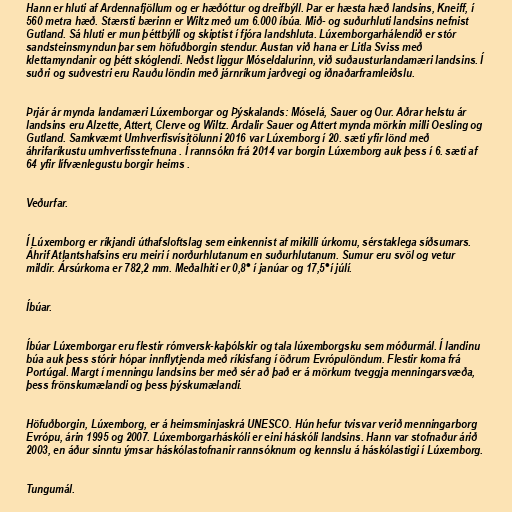
Hann er hluti af Ardennafjöllum og er hæðóttur og dreifbýll. Þar er hæsta hæð landsins, Kneiff, í
560 metra hæð. Stærsti bærinn er Wiltz með um 6.000 íbúa. Mið- og suðurhluti landsins nefnist
Gutland. Sá hluti er mun þéttbýlli og skiptist í fjóra landshluta. Lúxemborgarhálendið er stór
sandsteinsmyndun þar sem höfuðborgin stendur. Austan við hana er Litla Sviss með
klettamyndanir og þétt skóglendi. Neðst liggur Móseldalurinn, við suðausturlandamæri landsins. Í
suðri og suðvestri eru Rauðu löndin með járnríkum jarðvegi og iðnaðarframleiðslu.

Þrjár ár mynda landamæri Lúxemborgar og Þýskalands: Móselá, Sauer og Our. Aðrar helstu ár
landsins eru Alzette, Attert, Clerve og Wiltz. Árdalir Sauer og Attert mynda mörkin milli Oesling og
Gutland. Samkvæmt Umhverfisvísitölunni 2016 var Lúxemborg í 20. sæti yfir lönd með
áhrifaríkustu umhverfisstefnuna . Í rannsókn frá 2014 var borgin Lúxemborg auk þess í 6. sæti af
64 yfir lífvænlegustu borgir heims .

Veðurfar.

Í Lúxemborg er ríkjandi úthafsloftslag sem einkennist af mikilli úrkomu, sérstaklega síðsumars.
Áhrif Atlantshafsins eru meiri í norðurhlutanum en suðurhlutanum. Sumur eru svöl og vetur
mildir. Ársúrkoma er 782,2 mm. Meðalhiti er 0,8° í janúar og 17,5°í júlí.

Íbúar.

Íbúar Lúxemborgar eru flestir rómversk-kaþólskir og tala lúxemborgsku sem móðurmál. Í landinu
búa auk þess stórir hópar innflytjenda með ríkisfang í öðrum Evrópulöndum. Flestir koma frá
Portúgal. Margt í menningu landsins ber með sér að það er á mörkum tveggja menningarsvæða,
þess frönskumælandi og þess þýskumælandi.

Höfuðborgin, Lúxemborg, er á heimsminjaskrá UNESCO. Hún hefur tvisvar verið menningarborg
Evrópu, árin 1995 og 2007. Lúxemborgarháskóli er eini háskóli landsins. Hann var stofnaður árið
2003, en áður sinntu ýmsar háskólastofnanir rannsóknum og kennslu á háskólastigi í Lúxemborg.

Tungumál.